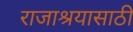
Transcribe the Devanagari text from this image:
राजाश्रयासाठी